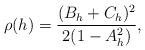
LaTeX: \begin{align*}\rho(h) =\frac{(B_h+C_h)^2}{2(1-A_h^2)},\end{align*}